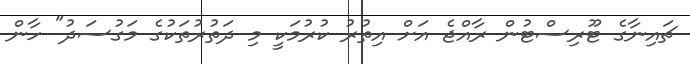
ޗައިނާގެ ޓޫރިސްޓުން ރާއްޖެ އަށް އިތުރު ކުރުމަކީ މި ދަތުރުތަކުގެ މަގުސަދު" ހާން